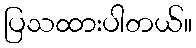
ပြသထားပါတယ်။